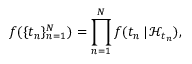
f ( \{ t _ { n } \} _ { n = 1 } ^ { N } ) = \prod _ { n = 1 } ^ { N } f ( t _ { n } \, | \, \mathcal { H } _ { t _ { n } } ) ,